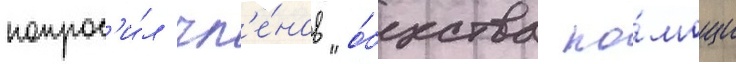
попрос'и́л чл'е́нов "о́бщества по́мощи